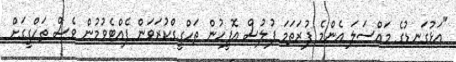
"އަޅުގަނޑުގެ މައްސަލަ އެންމެ ފުރަތަމަ ފުލުސް އޮފީހުން ތަހްގީގްކުރަވަން ފެއްޓެވުމުން ވެސް ތަހްގީގަށް